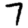
Digit: 7